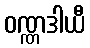
ဝဏ္ဏဒါယီ